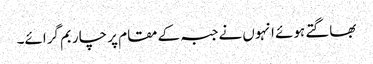
بھاگتے ہوئے انہوں نے جبہ کے مقام پر چار بم گرائے۔